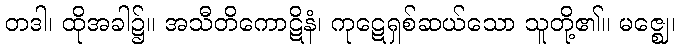
တဒါ၊ ထိုအခါ၌။ အသီတိကောဋိနံ၊ ကုဋေရှစ်ဆယ်သော သူတို့၏။ မဇ္ဈေ၊